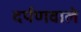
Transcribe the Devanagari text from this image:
दर्पणवाले